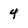
Character: 4